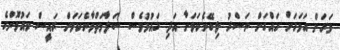
ވަރަށް އަވަހަށް ހައްގަށް ނަސްރު ލިބޭނެކަމަށާ އަދި ގައުމުވެސް ސަލާމަތްވާނެކަމަށް ރައީސް މައުމޫންގެ